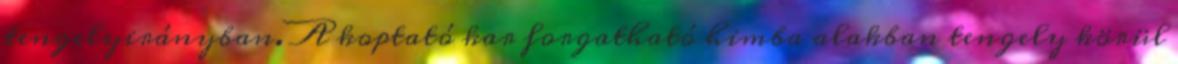
tengelyirányban. A koptató kar forgatható himba alakban tengely körül